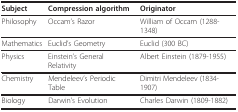
<table><thead><tr><td><b>Subject</b></td><td><b>Compression algorithm</b></td><td><b>Originator</b></td></tr></thead><tbody><tr><td>Philosophy</td><td>Occam&#x27;s Razor</td><td>William of Occam (1288-1348)</td></tr><tr><td>Mathematics</td><td>Euclid&#x27;s Geometry</td><td>Euclid (300 BC)</td></tr><tr><td>Physics</td><td>Einstein&#x27;s General Relativity</td><td>Albert Einstein (1879-1955)</td></tr><tr><td>Chemistry</td><td>Mendeleev&#x27;s Periodic Table</td><td>Dimitri Mendeleev (1834-1907)</td></tr><tr><td>Biology</td><td>Darwin&#x27;s Evolution</td><td>Charles Darwin (1809-1882)</td></tr></tbody></table>